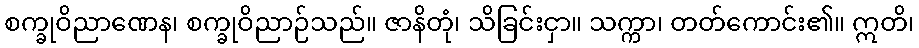
စက္ခုဝိညာဏေန၊ စက္ခုဝိညာဉ်သည်။ ဇာနိတုံ၊ သိခြင်းငှာ။ သက္ကာ၊ တတ်ကောင်း၏။ ဣတိ၊